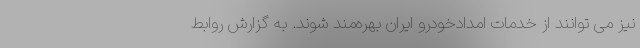
نیز می توانند از خدمات امدادخودرو ایران بهره‌مند شوند. به گزارش روابط